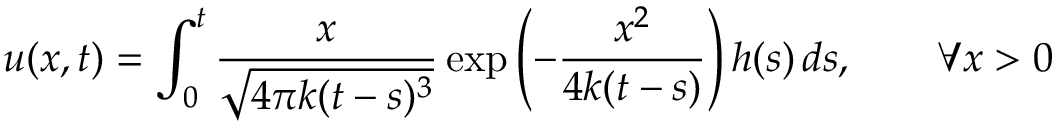
u ( x , t ) = \int _ { 0 } ^ { t } { \frac { x } { \sqrt { 4 \pi k ( t - s ) ^ { 3 } } } } \exp \left( - { \frac { x ^ { 2 } } { 4 k ( t - s ) } } \right) h ( s ) \, d s , \qquad \forall x > 0